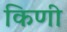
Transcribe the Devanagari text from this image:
किणी